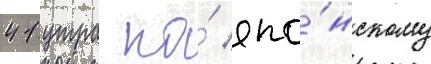
41 утра по́ япо́нскому